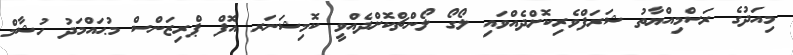
މިއަދުގެ ރަސްމިއްޔާތު ޝަރަފްވެރިކޮށްދެއްވައި ލޯގޯ ލޯންޗްކޮށްދެއްވީ ކޮމިޝަނަރ އޮފް ޕްރިޒަންސް މުޙައްމަދު ހުޝާމް